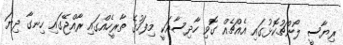
ރިޔާސީ ލޯންޗުކޮޅުގައި އެއްޗެއް ގޮވި ހާދިސާއަކީ މިފަހުގެ ތާރީހެއްގައި ރާއްޖޭގައި ހިނގާ ދިޔަ